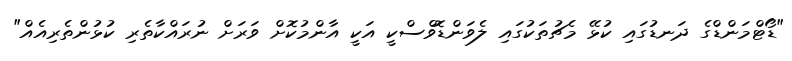
"ޑޯޓްމަންޑްގެ ދަނޑުގައި ކުޅޭ މެޗުތަކުގައި ލެވަންޑޮވްސްކީ އަކީ އާންމުކޮށް ވަރަށް ނުރައްކާތެރި ކުޅުންތެރިއެއް"